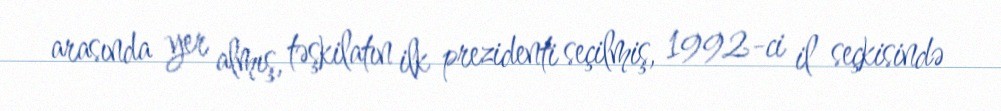
arasında yer almış, təşkilatın ilk prezidenti seçilmiş, 1992-ci il seçkisində